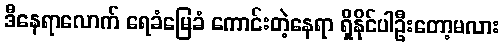
ဒီနေရာလောက် ရေခံမြေခံ ကောင်းတဲ့နေရာ ရှိနိုင်ပါဦးတော့မလား